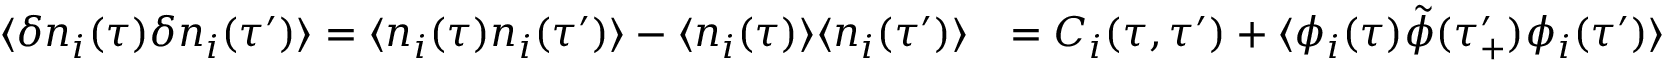
\begin{array} { r l } { \langle \delta n _ { i } ( \tau ) \delta n _ { i } ( \tau ^ { \prime } ) \rangle = \langle n _ { i } ( \tau ) n _ { i } ( \tau ^ { \prime } ) \rangle - \langle n _ { i } ( \tau ) \rangle \langle n _ { i } ( \tau ^ { \prime } ) \rangle } & { = C _ { i } ( \tau , \tau ^ { \prime } ) + \langle \phi _ { i } ( \tau ) \tilde { \phi } ( \tau _ { + } ^ { \prime } ) \phi _ { i } ( \tau ^ { \prime } ) \rangle } \end{array}